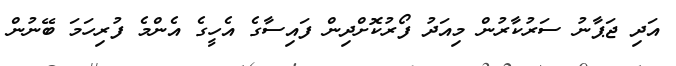
އަދި ޖަޕާނު ސަރުކާރުން މިއަދު ފޯރުކޮށްދިން ފައިސާގެ އެހީގެ އެންމެ ފުރިހަމަ ބޭނުން